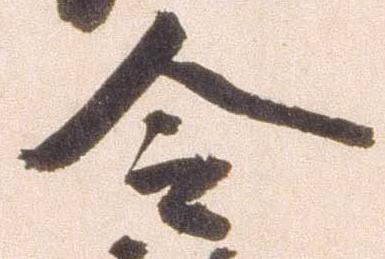
令